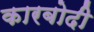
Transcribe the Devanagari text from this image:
कारबोदी